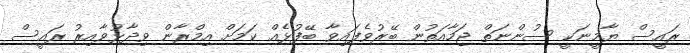
ރައީސް ޔާމީނަކީ ސުންނަތް ޖަމާއަތުން ބޭރުވެފައިވާ ބޭފުޅެއް ކަމަށް އިމްރާން ވިދާޅުވާއިރު ރައީސް